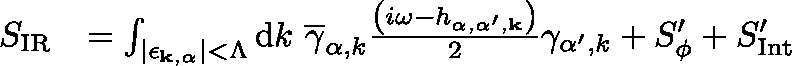
\begin{array} { r l } { S _ { \mathrm { { I R } } } } & { = \int _ { \left| \mathbf { \epsilon _ { { k } , \alpha } } \right| < \Lambda } \mathrm { d } { k } \ \overline { { \gamma } } _ { \alpha , { k } } \frac { \left( i \omega - h _ { \alpha , \alpha ^ { \prime } , \mathbf { k } } \right) } { 2 } \gamma _ { \alpha ^ { \prime } , { k } } + S _ { \phi } ^ { \prime } + S _ { \mathrm { I n t } } ^ { \prime } } \end{array}